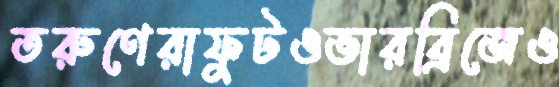
তরুণেরাফুটওভারব্রিজেও